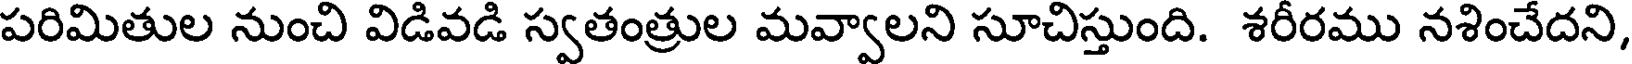
పరిమితుల నుంచి విడివడి స్వతంత్రుల మవ్వాలని సూచిస్తుంది. శరీరము నశించేదని,